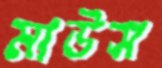
মাউস